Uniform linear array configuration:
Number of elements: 12
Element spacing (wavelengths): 0.25
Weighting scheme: kaiser
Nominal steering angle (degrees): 15
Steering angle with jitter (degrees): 15.876
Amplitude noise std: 0.05
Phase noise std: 0.05

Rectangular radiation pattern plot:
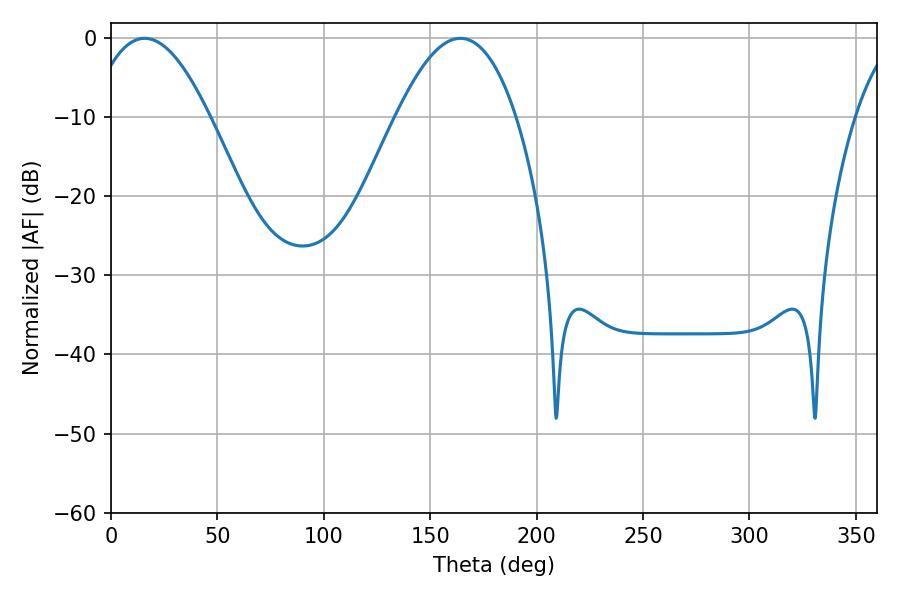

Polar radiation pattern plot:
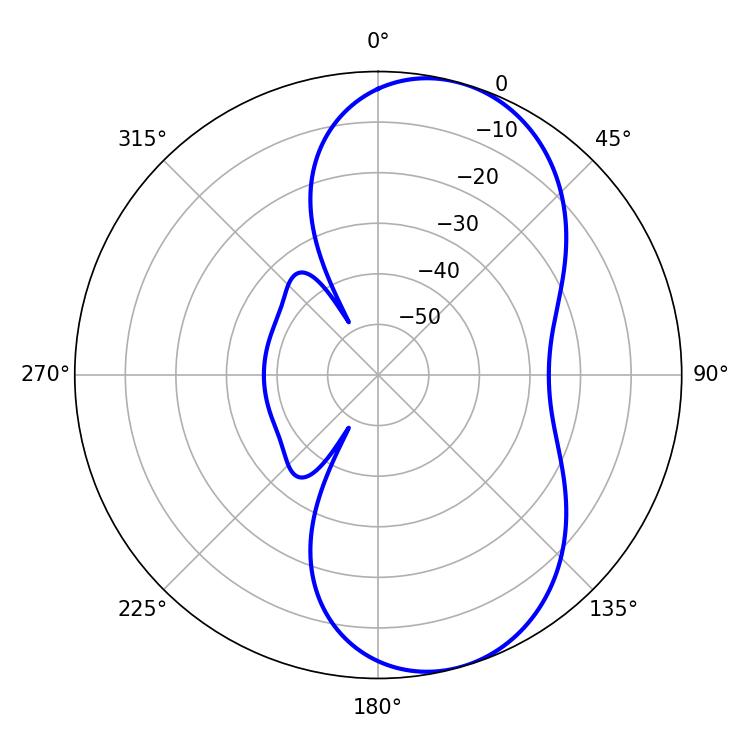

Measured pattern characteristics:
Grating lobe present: FALSE
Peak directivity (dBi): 7.681
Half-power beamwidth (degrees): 30.78
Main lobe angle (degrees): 15.84